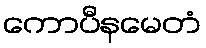
ကောပီနမေတံ